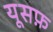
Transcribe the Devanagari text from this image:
यूसफ़